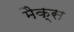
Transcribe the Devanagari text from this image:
मैक्‍स